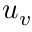
\boldsymbol { u } _ { v }